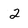
Character: 2